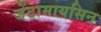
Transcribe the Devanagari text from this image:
जेंटामायसिन